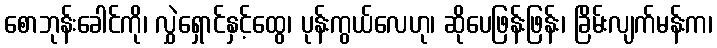
စောဘုန်းခေါင်ကို၊ လွှဲရှောင်နှင့်ထွေ၊ ပုန်းကွယ်လေဟု၊ ဆိုပေဖြန်းဖြန်း၊ ခြိမ်းလျက်မန်းက၊